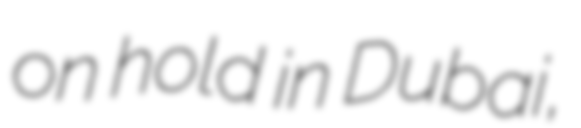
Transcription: on hold in Dubai,